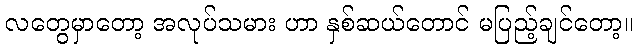
လတွေမှာတော့ အလုပ်သမား ဟာ နှစ်ဆယ်တောင် မပြည့်ချင်တော့။